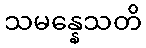
သမန္နေသတိ